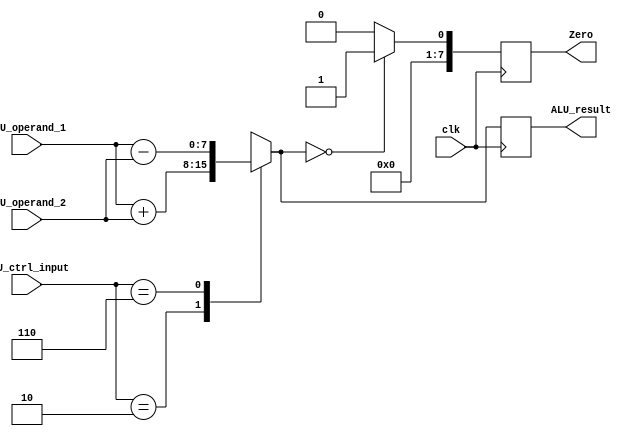
`timescale 1ns / 1ps

module alu(
    input clk,
    input [7:0] ALU_operand_1, // first operand of ALU
    input [7:0] ALU_operand_2, // second operand of ALU
    input [3:0] ALU_ctrl_input, // control signal coming from the ALU control unit
    output reg [7:0] Zero, // Zero output of ALU
    output reg [7:0] ALU_result    // result of ALU operation
    );

    // internal wires
    // They store the contain the result of all ALU operations
    // based on the ALU control signal, we'll route one of these to result port
    wire [7:0] add_result;
    wire [7:0] sub_result;
    
    assign add_result = ALU_operand_1 + ALU_operand_2;
    assign sub_result = ALU_operand_1 - ALU_operand_2;   
    
    // ALU Control Logic
    always @ (posedge clk) begin
    //#4  // FU delay
        case (ALU_ctrl_input)
            4'b0010: ALU_result = add_result; // ADD
            4'b0110: ALU_result = sub_result; // SUBTRACT
            default: ALU_result = 8'hxx; // Undefined
        endcase
        
        // Set/clear zero output port
        if (ALU_result == 0) begin
            Zero = 1;
        end else begin
            Zero = 0;
        end
    end
endmodule